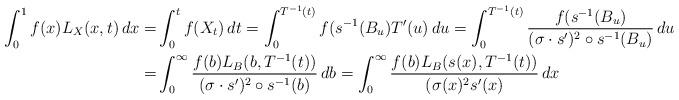
LaTeX: \begin{align*}\int_{0}^1 f(x)L_{X}(x,t)\, dx =& \int_{0}^t f(X_t)\, dt =\int_{0}^{T^{-1}(t)} f(s^{-1}(B_u)T'(u)\, du=\int_{0}^{T^{-1}(t)} \frac{f(s^{-1}(B_u)}{(\sigma \cdot s')^2\circ s^{-1}(B_u)}\, du\\=& \int_{0}^\infty \frac{f(b)L_B(b,T^{-1}(t))}{(\sigma \cdot s')^2\circ s^{-1}(b)}\, db =\int_{0}^\infty \frac{f(b)L_B(s(x),T^{-1}(t))}{(\sigma(x)^2 s'(x)}\, dx \end{align*}